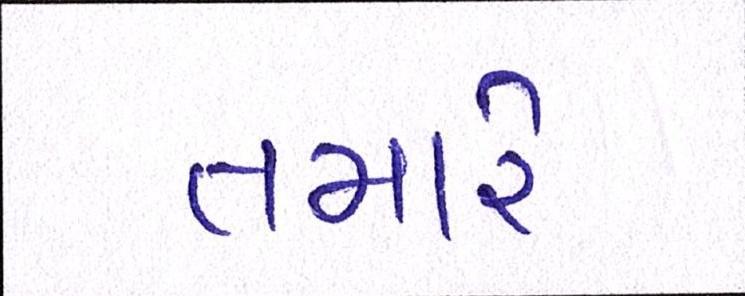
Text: તમારે